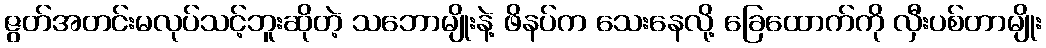
ဇွတ်အတင်းမလုပ်သင့်ဘူးဆိုတဲ့ သဘောမျိုးနဲ့ ဖိနပ်က သေးနေလို့ ခြေထောက်ကို လှီးပစ်တာမျိုး